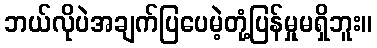
ဘယ်လိုပဲအချက်ပြပေမဲ့တုံ့ပြန်မှုမရှိဘူး။